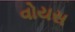
વોયસ